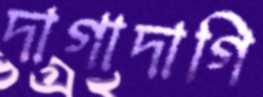
দাগাদাগি